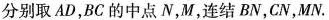
分别取AD，BC的中点N，M，连结BN，CN，MN。